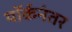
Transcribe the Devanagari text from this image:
यॉर्कनंतर